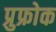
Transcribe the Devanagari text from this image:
प्रुफ्रोक